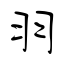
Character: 羽